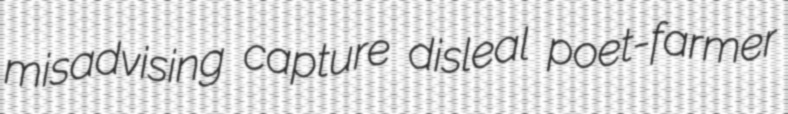
misadvising capture disleal poet-farmer